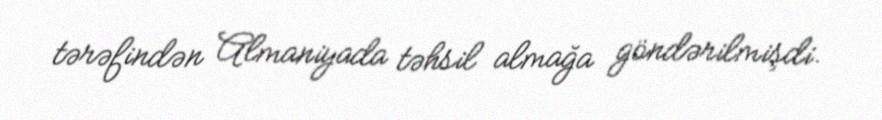
tərəfindən Almaniyada təhsil almağa göndərilmişdi.